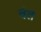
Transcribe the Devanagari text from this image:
वंत